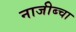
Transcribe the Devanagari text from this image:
नाजीब्चा